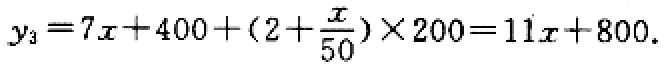
\(y_{3}=7x + 400+(2+\frac{x}{50})\times200 = 11x + 800.\)